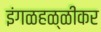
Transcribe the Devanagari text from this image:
इंगळहळ्ळीकर